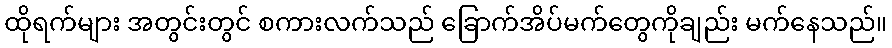
ထိုရက်များ အတွင်းတွင် စကားလက်သည် ခြောက်အိပ်မက်တွေကိုချည်း မက်နေသည်။